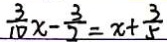
\frac { 3 } { 1 0 } x - \frac { 3 } { 2 } = x + \frac { 3 } { 5 }